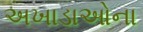
અખાડાઓના